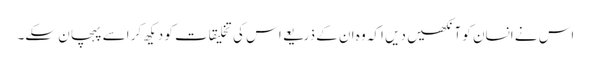
اس نے انسان کو آنکھیں دیں اکہ وہ ان کے ذریعے اس کی تخلیقات کو دیکھ کر اسے پہچان سکے۔